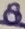
Text: 8